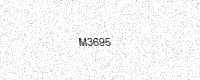
Text: M3695